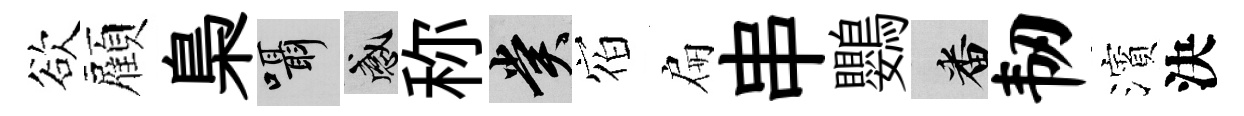
欲顏梟囁感称賞𪧐扁串鸚番韧濱決